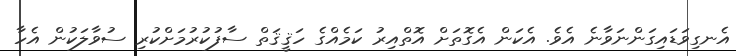
އެނގިވަޑައިގަންނަވާނެ އެވެ. އެކަން އެގޮތަށް އޮތްއިރު ކަމެއްގެ ހަޤީޤަތް ސާފުކުރުމަށްކުރި ސުވާލަކުން އެހާ